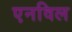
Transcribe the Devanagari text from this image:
एनविल